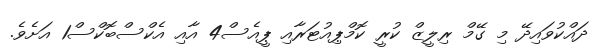
ދައްކުވައިދޭ މި ގޭމް ރިލީޒް ކުރީ ކޮމްޕިއުޓަރާއި ޕީއެސް4 އާއި އެކްސްބޮކްސް1 އަށެވެ.